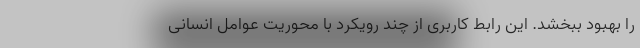
را بهبود ببخشد. این رابط کاربری از چند رویکرد با محوریت عوامل انسانی